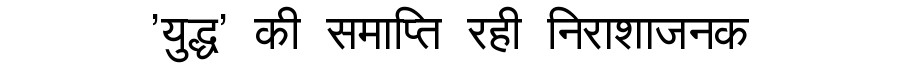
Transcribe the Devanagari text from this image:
'युद्ध' की समाप्ति रही निराशाजनक